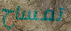
تمساح